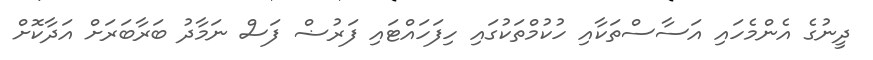
ދީނުގެ އެންމެހައި އަސާސްތަކާއި ހުކުމްތަކުގައި ހިފަހައްޓައި ފަރުޟް ފަސް ނަމާދު ބަރާބަރަށް އަދާކޮށް